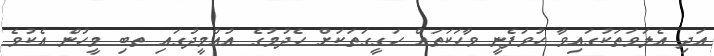
އަދި އެލަވަތަކުގައިވާ ހުވަފެނީ ވާހަކަތައް ހަގީގަތަކަށް ހެދުމުގެ އުއްމީދުގައި ތބި މީހުން އެކުވެ